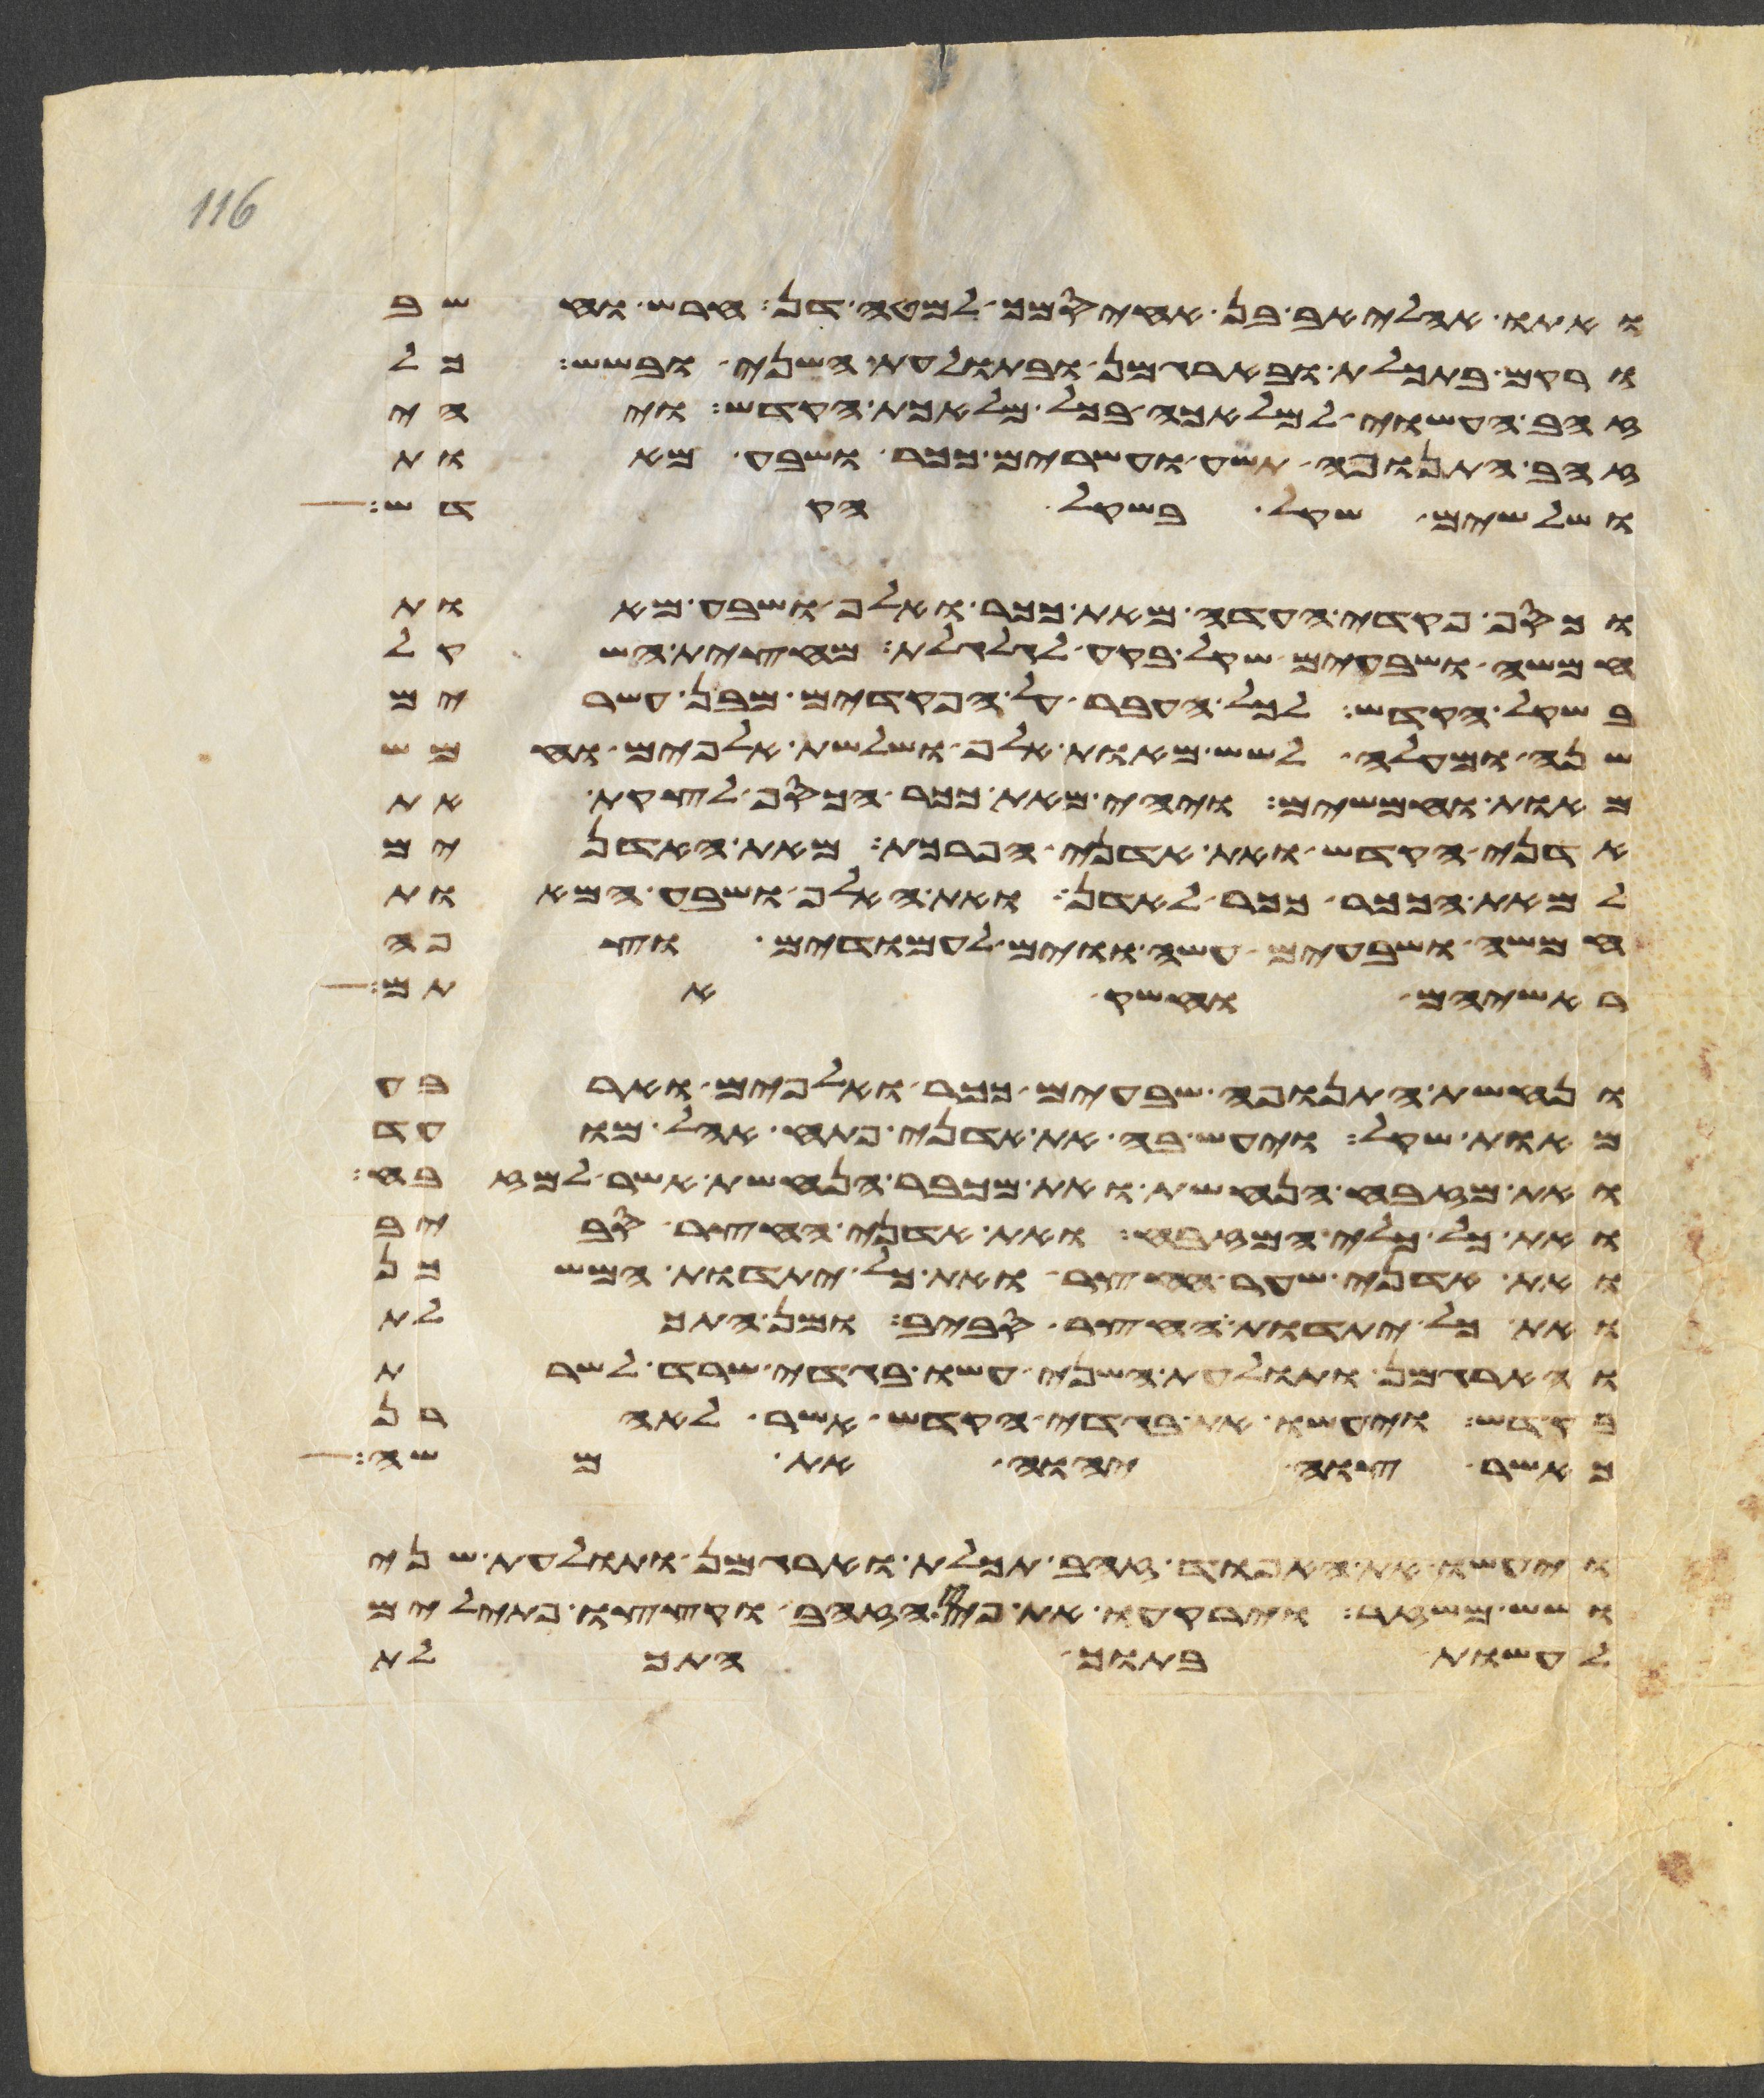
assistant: ואתו אהליאב בן אחיסמך למטה דן חרש וחשב
ורקם בתכלת ובארגמן ובתולעת השני ובשש כל
זהב העשוי למלאכה בכל מלאכת הקדש ויהי
זהב התנופה תשע ועשרים ככר ושבע מאות
ושלשים שקל בשקל הקדש
וכסף פקדי העדה מאת ככר ואלף ושבע מאות
חמשה ושבעים שקל בקע לגלגלת מחצית השקל
בשקל הקדש לכל העבר על הפקדים מבן עשרים
שנה ומעלה לשש מאות אלף ושלשת אלפים וחמש
מאות וחמשים ויהי מאת ככר הכסף לקצת את
אדני הקדש ואת אדני הפרכת מאת האדנים
למאת הככר ככר לאדן ואת האלף ושבע המאות
חמשה ושבעים עשה ווים לעמודים וצפה
ראשיהם וחשק אתם
ונחשת התנופה שבעים ככר ואלפים וארבע
מאות שקל ויעש בה את אדני פתח אהל מועד
ואת מזבח הנחשת ואת מכבר הנחשת אשר למזבח
ואת כל כלי המזבח ואת אדני החצר סביב
ואת אדני שער החצר ואת כל יתדות המשכן
ואת כל יתדות החצר סביב ומן התכלת
והארגמן ותולעת השני עשו בגדי שרד לשרת
בקדש ויעשו את בגדי הקדש אשר לאהרן
כאשר צוה יהוה את משה
ויעשו את האפוד זהב תכלת וארגמן ותולעת שני
ושש משזר וירקעו את פחי הזהב וקצצו פתילים
לעשות בתוך התכלת